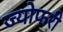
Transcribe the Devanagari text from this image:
ज्योफरी